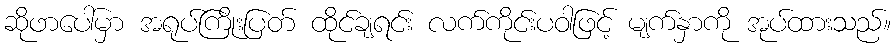
ဆိုဖာပေါ်မှာ အရုပ်ကြိုးပြတ် ထိုင်ချရင်း လက်ကိုင်းပဝါဖြင့် မျက်နှာကို အုပ်ထားသည်။